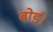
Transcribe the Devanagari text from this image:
बोर्ड।